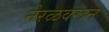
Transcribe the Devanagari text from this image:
नेरळवरून